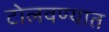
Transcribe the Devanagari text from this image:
टोलवण्यात